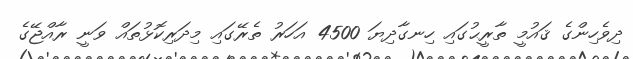
ދިވެހިންގެ ޤައުމީ ތާރީޙުގައި ހިނގާދިޔަ 4500 އަހަރު ތެރޭގައި މިދަރިކޮޅުތައް ވަނީ ރާއްޖޭގެ